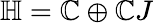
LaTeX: \mathbb{H}=\mathbb{C}\oplus\mathbb{C}J